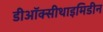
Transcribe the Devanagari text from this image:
डीऑक्सीथाइमिडीन